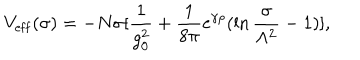
LaTeX: V _ { \mathrm { e f f } } ( \sigma ) = - N \sigma [ { \frac { 1 } { g _ { 0 } ^ { 2 } } } + { \frac { 1 } { 8 \pi } } \mathrm { e } ^ { \gamma \rho } ( \ln { \frac { \sigma } { \Lambda ^ { 2 } } } - 1 ) ] ,